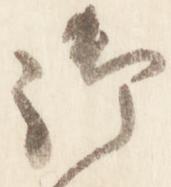
御